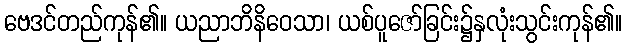
ဗေဒင်တည်ကုန်၏။ ယညာဘိနိဝေသာ၊ ယစ်ပူဇော်ခြင်း၌နှလုံးသွင်းကုန်၏။